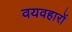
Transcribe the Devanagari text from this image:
वयवहारों